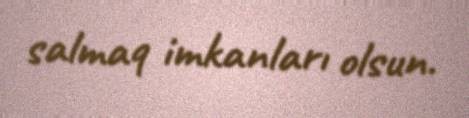
salmaq imkanları olsun.